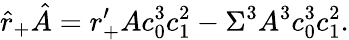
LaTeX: \hat{r}_{+}\hat{A}=r_{+}^{\prime}Ac_{0}^{3}c_{1}^{2}-\Sigma^{3}A^{3}c_{0}^{3}c_{1}^{2}.